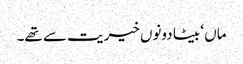
ماں ‘ بیٹا دونوں خیریت سے تھے۔